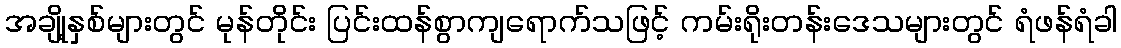
အချို့နှစ်များတွင် မုန်တိုင်း ပြင်းထန်စွာကျရောက်သဖြင့် ကမ်းရိုးတန်းဒေသများတွင် ရံဖန်ရံခါ